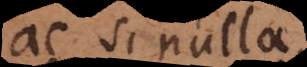
ac si nulla